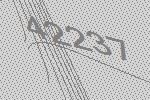
42237